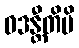
ဝဒန္တီတိပိ